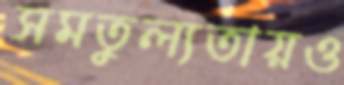
সমতুল্যতায়ও